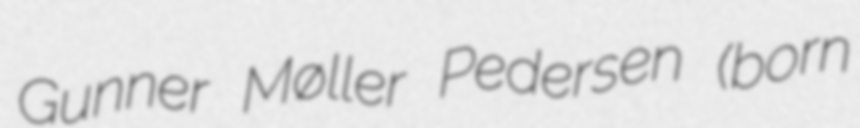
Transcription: Gunner Møller Pedersen (born